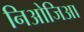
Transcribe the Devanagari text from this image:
निओजिआ